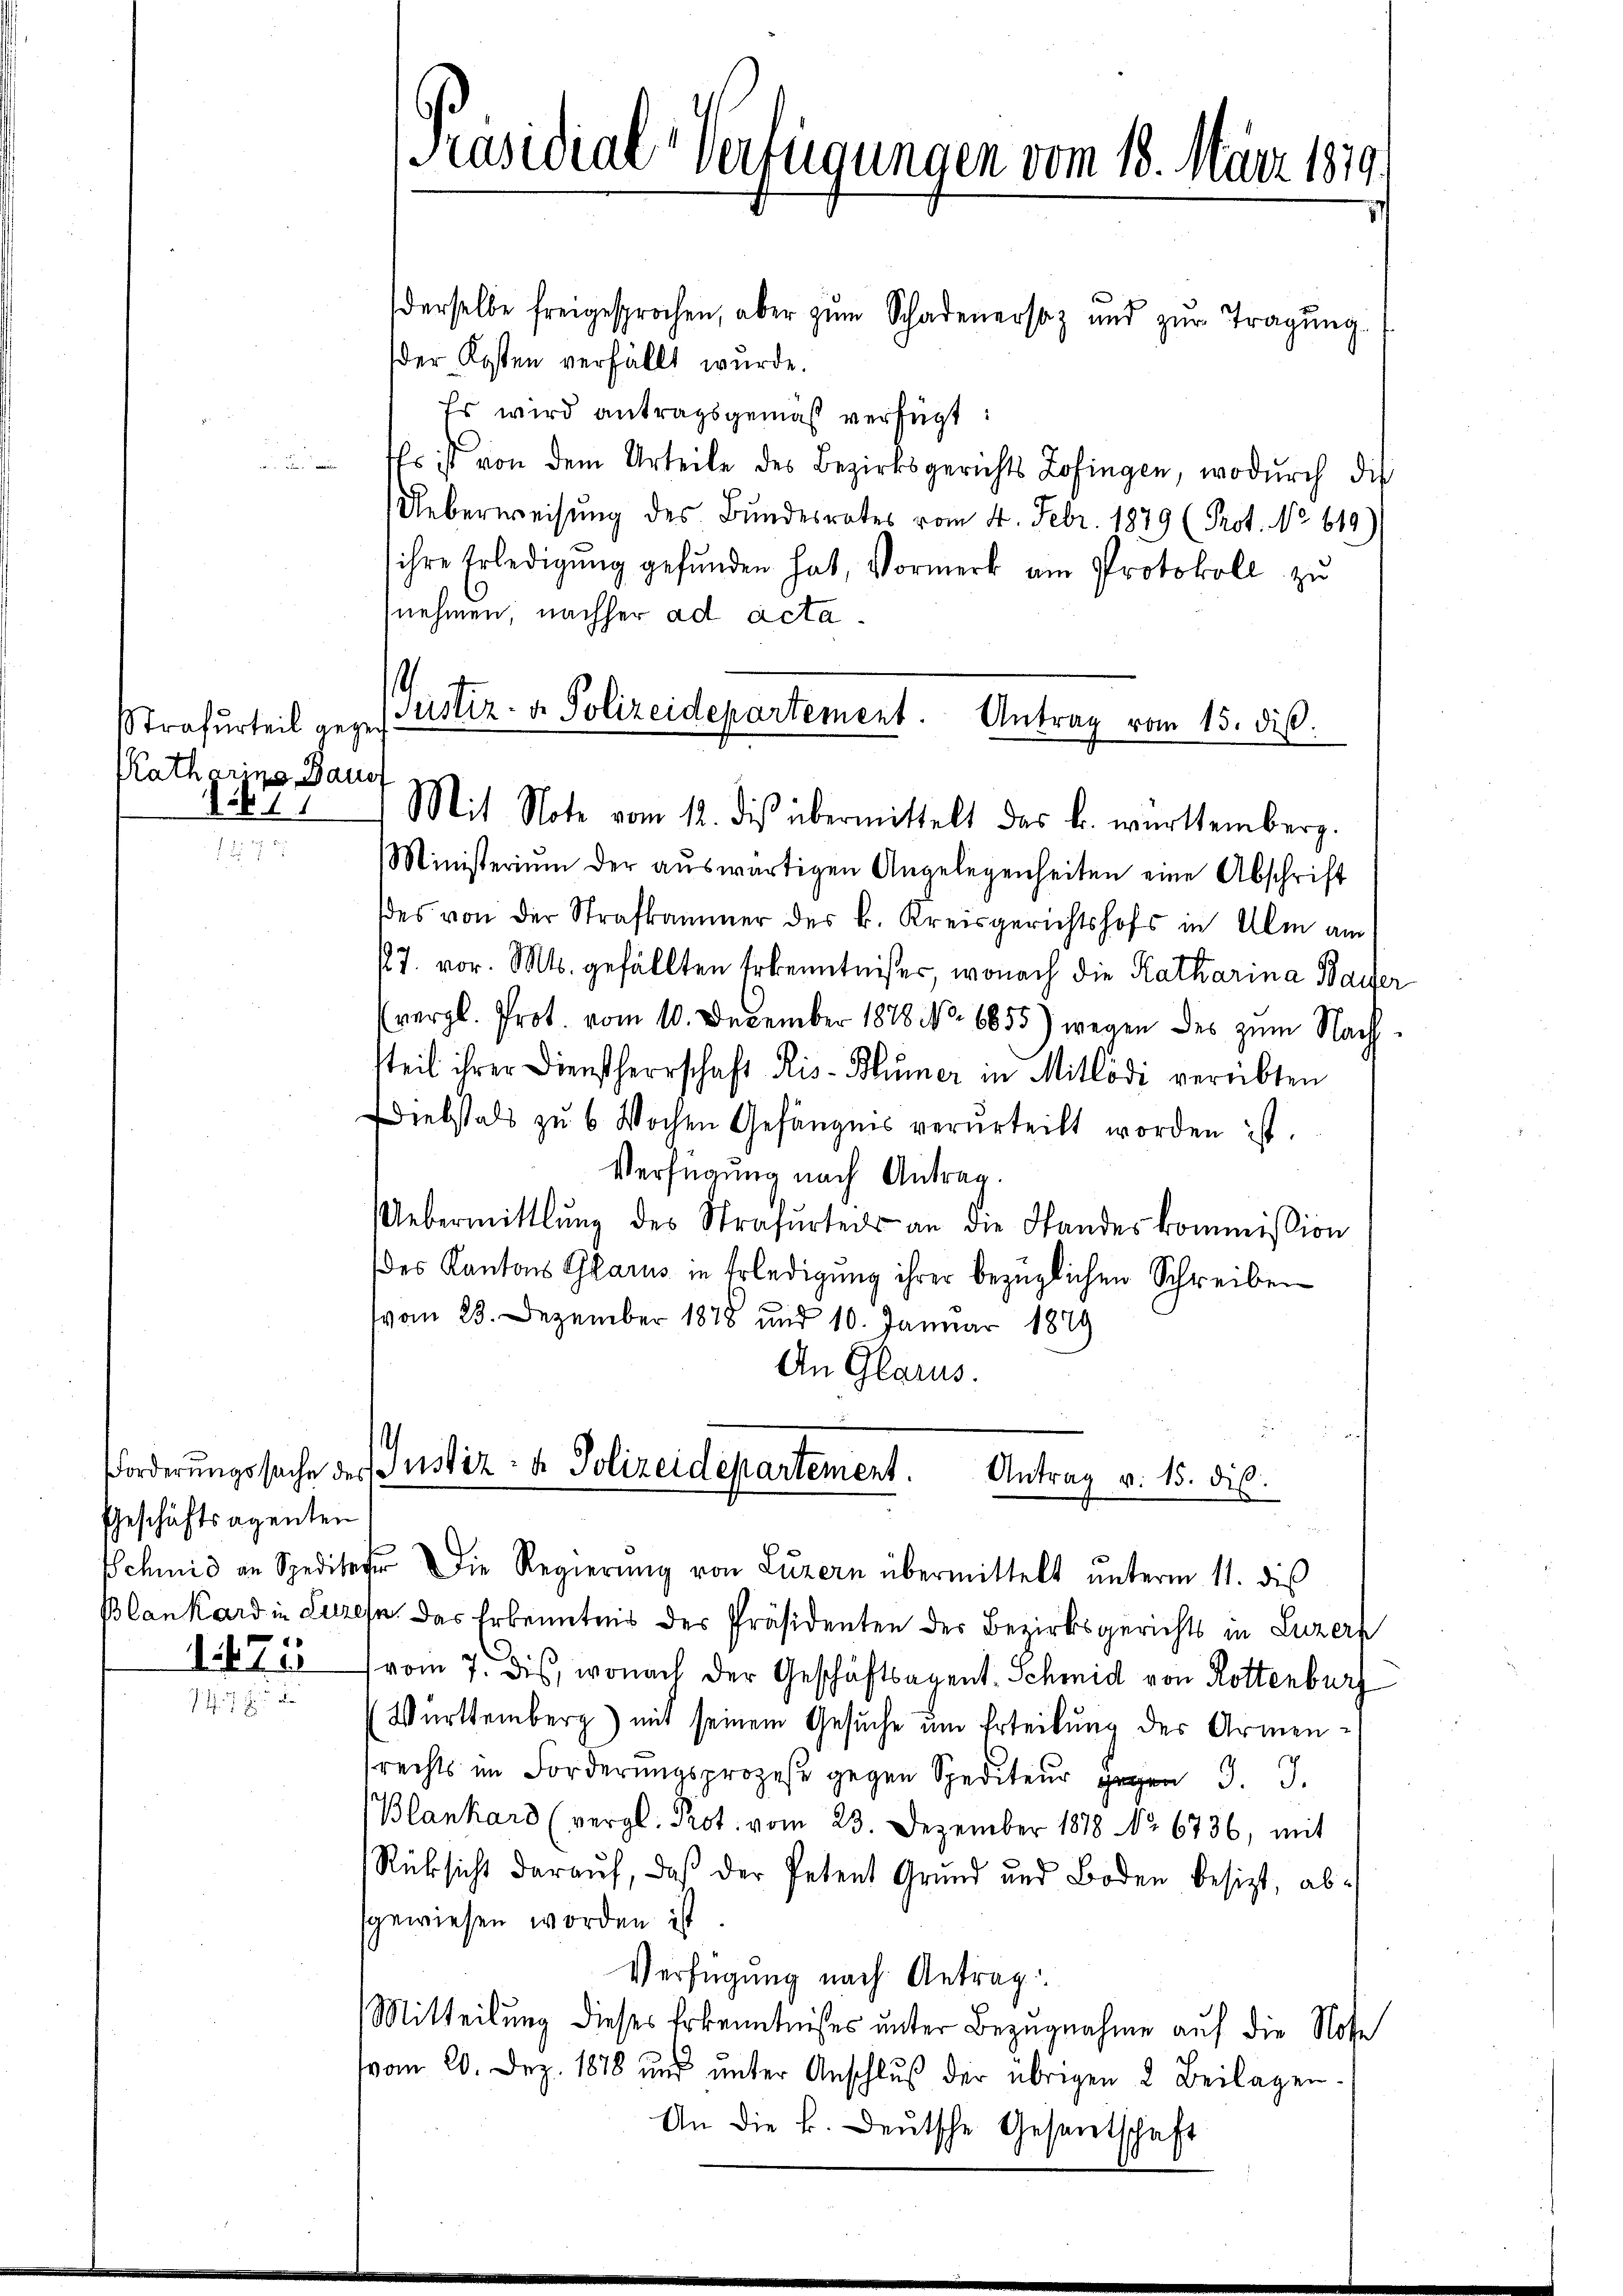
Strafurteil gegen
Ratharina Baues
5

¬

Geschäftsagenten
1475

derselbe freigesprochen, aber zum Schadenersaz und zŭr Tragŭng
der Kosten verfällt wurde.
Es wird antragsgemäß verfügt:
Es ist von dem Urteile des Bezirksgerichts Zofingen, wodurch die
Ueberweisung des Bundesrates vom 4. Febr. 1879 (Prot. No 619)
ihre Erledigŭng gefunden hat, Vormerk am Protokoll zu
nehmen, nachher ad acta¬
Ministerium der aŭswärtigen Angelegenheiten eine Abschrift
ses von der Strafkammer des k. Kreisgerichtshofs in Ulm am
/27. vor. Mts. gefällten Erkenntnißes, wonach die Katharina Baier
(vergl. Prot. vom 10. December 1878 No. 6855) wegen des zum Nachtteil ihrer Dienstherrschaft Ris- Blümer in Millödi verübten
Ddiebstals zu 6 Wochen Gefängnis verurteilt worden ist.
Verfügung nach Antrag.
Uebermittlung des Strafŭrted an die Standeskommission
des Kantons Glarus in Erledigung ihrer bezüglichen Schreiben
(vom 23. Dezember 1878 und 10. Januar 1849
An Glarus.

Präsidial-Verfügungen vom 13. März 1819,

.
Justiz- & Polizeidepartement. Antrag vom 15. diβ.
Mit Note vom 12. die übermittelt das k. württemberg.

.
Forderungssache des Justiz- & Polizeidepartement. Antrag v. 15. dis.
Schmid an Spediter die Regierŭng von Luzern übermittelt ŭnterm 11. dies

Blankard in Luzes das Erkenntnis des Präsidenten der Bezirksgerichts in Luzern
(vom 7. dis, wonach der Geschäftsagent. Schmid von Rottenburg
Württemberg) mit seinem Gesuche um Erteilung des Armensrechts im Forderungsprozeße gegen Spedite 3. J
Blankard (vergl. Prot. vom 23. Dezember 1888 No 6736, mit
Rücksicht darauf, daß der Petent Grund und Boden besizt, absgewiesen worden ist.
Verfügung nach Antrag
Mitteilung dieses Erkenntnißes unter Bezugnahme auf die Note
vom 20. Dez. 1878 und unter Anschluß der übrigen 2 Beilagen
An die k. Deutsche Gesentschaft